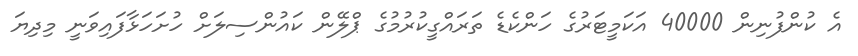
އެ ކުންފުނިން 40000 އަކަމީޓަރުގެ ހަންކެޑެ ތަރައްގީކުރުމުގެ ޕްލޭން ކައުންސިލަށް ހުށަހަޅާފައިވަނީ މިދިޔަ